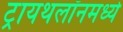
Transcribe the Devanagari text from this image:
ट्रायथलॉनमध्ये